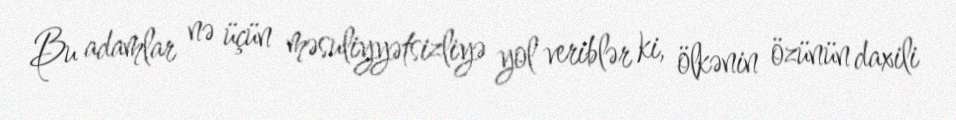
Bu adamlar nə üçün məsuliyyətsizliyə yol veriblər ki, ölkənin özünün daxili